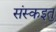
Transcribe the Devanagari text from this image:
संस्कइतु